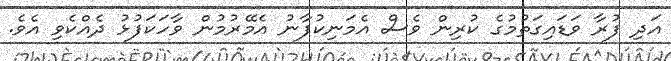
އަދި ފުރާ ވަޑައިގަތުމުގެ ކުރިން ވެސް އެމަނިކުފާނު އެމޭރުމުން ވާހަކަފުޅު ދެއްކެވި އެވެ.